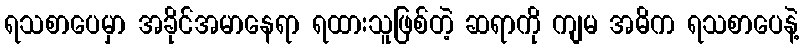
ရသစာပေမှာ အခိုင်အမာနေရာ ရထားသူဖြစ်တဲ့ ဆရာကို ကျမ အဓိက ရသစာပေနဲ့